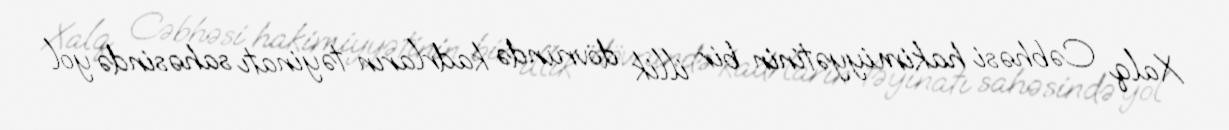
Xalq Cəbhəsi hakimiyyətinin bir illik dövründə kadrların təyinatı sahəsində yol